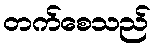
တက်စေသည်